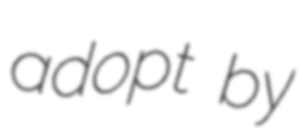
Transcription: adopt by